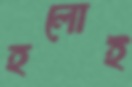
হলোই